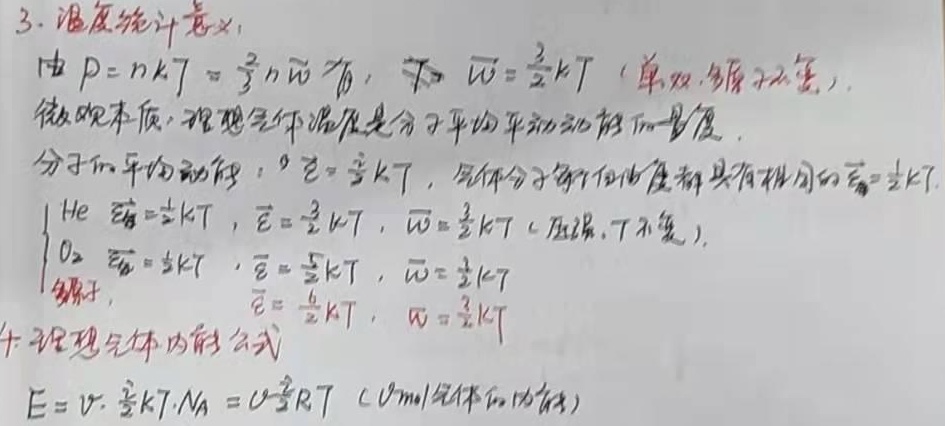
3. 温度统计意义：由\(p = nkT=\frac{2}{3}n\overline{w}\)有，\(\overline{w}=\frac{3}{2}kT\)（单双、多原子情况）。微观本质：理想气体温度是分子平均平动动能的量度。分子的平均动能：\(\overline{\varepsilon}=\frac{i}{2}kT\)，气体分子每个自由度都具有相同的\(\overline{\varepsilon_{i}}=\frac{1}{2}kT\)。
\(\begin{cases}
\text{He}:\overline{\varepsilon_{k}}=\frac{3}{2}kT,\overline{\varepsilon}=\frac{3}{2}kT,\overline{w}=\frac{3}{2}kT（压强,T不变）\\
\text{O}_{2}:\overline{\varepsilon_{k}}=\frac{5}{2}kT,\overline{\varepsilon}=\frac{5}{2}kT,\overline{w}=\frac{3}{2}kT\\
\text{多原子}:\overline{\varepsilon}=\frac{6}{2}kT,\overline{w}=\frac{3}{2}kT
\end{cases}\)
4. 理想气体内能公式\(E = \nu\cdot\frac{i}{2}kT\cdot N_{A}=\nu\frac{i}{2}RT\)（\(\nu mol\)气体的内能）